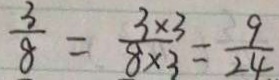
\frac { 3 } { 8 } = \frac { 3 \times 3 } { 8 \times 3 } = \frac { 9 } { 2 4 }